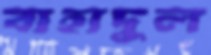
বাহাদুল